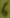
Text: 6